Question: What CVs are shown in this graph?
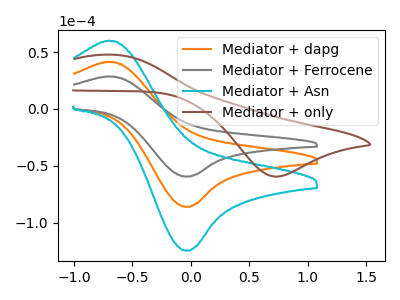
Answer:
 <answer>The orange curve is labeled "Mediator + dapg". The gray curve is labeled "Mediator + Ferrocene". The cyan curve is labeled "Mediator + Asn". The brown curve is labeled "Mediator + only".</answer>
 <eval></eval>